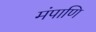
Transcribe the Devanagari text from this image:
मंपाणि